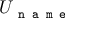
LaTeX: U _ { \texttt { n a m e } }